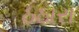
ઠઠારા